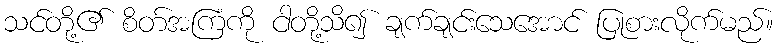
သင်တို့၏ စိတ်အကြံကို ငါတို့သိ၍ ချက်ချင်းသေအောင် ပြုစားလိုက်မည်။